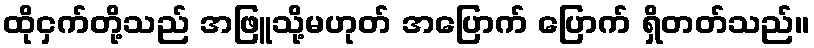
ထိုငှက်တို့သည် အဖြူသို့မဟုတ် အပြောက် ပြောက် ရှိတတ်သည်။